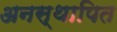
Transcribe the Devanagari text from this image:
अनस्थापित